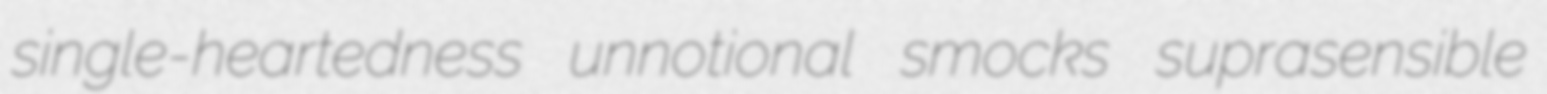
single-heartedness unnotional smocks suprasensible